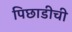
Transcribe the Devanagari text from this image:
पिछाडीची